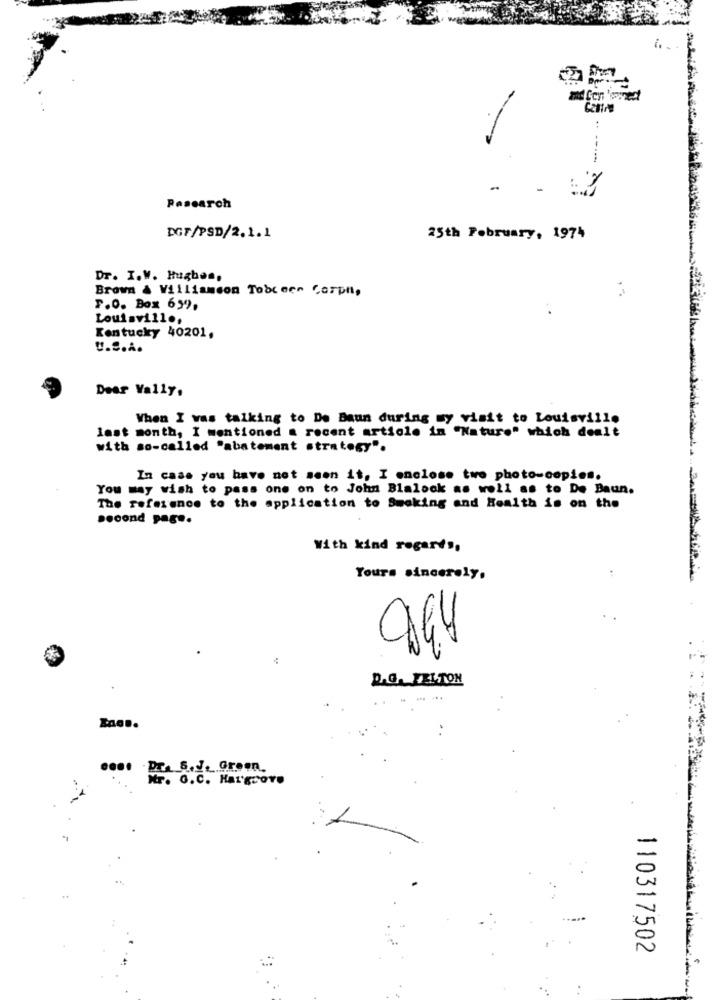
..
----
Pasearch
DGF/PSD/2.1.1
25th February, 1974
Dr. I.V. Hughes,
Brown & Williamson Tobceen Corpn,
F.O. Box 6,9).
Louisville,
Kentucky 40201,
U.S.A.
Dear Vally,
When I was talking to De Baun during my visit to Louisville
last month, I mentioned a recent article in "Nature" which dealt
with so-called "abatement strategy".
In case you have not seen it, I enclose two photo-copies.
You may wish to pass one on to John Blalock as well as to De Baun.
The reference to the application to Smoking and Health is on the
second pag ..
With kind regards,
Yours sincerely,
D.G. FELTON
....
. PT. B.J. Groen.
Mr. G.C. HATECOYO
110317502